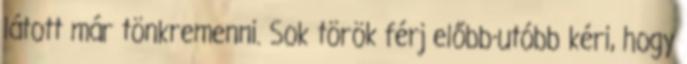
látott már tönkremenni. Sok török férj előbb-utóbb kéri, hogy